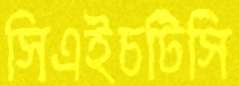
সিএইচটিসি